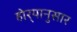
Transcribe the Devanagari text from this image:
होर्‍यानुसार